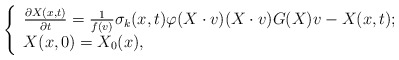
\begin{align*}\left\{\begin{array}{lr}\frac{\partial X(x,t)}{\partial t}=\frac{1}{f(v)}\sigma_{k}(x,t)\varphi(X\cdot v)(X\cdot v)G(X)v-X(x,t); \\X(x,0)=X_{0}(x),\end{array}\right.\end{align*}